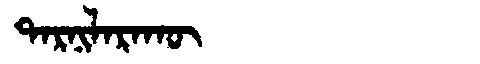
Manchu: ᡨᠠᡵᠨᡳᠯᠠᡵᠠᡴᡡ
Romanization: TARNILARAKŪ